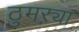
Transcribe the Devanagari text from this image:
ठुमऱ्या